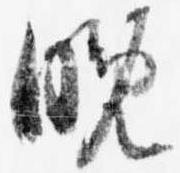
晩